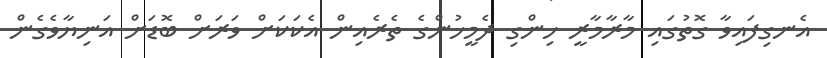
އެނގިފައިވާ ގޮތުގައި މާރާމާރީ ހިންގި ދެމީހުންގެ ތެރެއިން އެކަކަށް ވަރަށް ބޮޑަށް އަނިޔާވެގެން